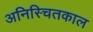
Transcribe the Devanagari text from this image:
अनिस्चितकाल